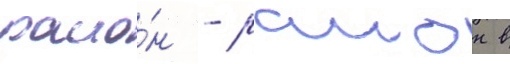
раио́н - раион в